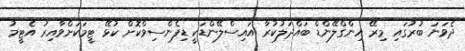
ދެވަނަ ބުރުގައި މިރޭ އިންގްލޭންޑް ބައްދަލުކުރާ އައިސްލޭންޑަކީ ޑިފެންސިވްކޮށް ކުޅޭ ޓީމަކަށްވާއިރު އެޓީމު